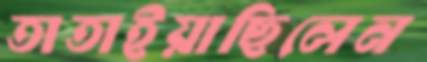
তাতাইয়াছিলেন